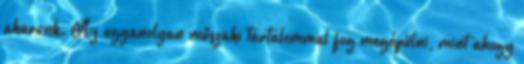
akarunk. Az ugyanolyan műszaki tartalommal fog megépülni, mint ahogy